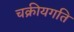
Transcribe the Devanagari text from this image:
चक्रीयगति